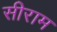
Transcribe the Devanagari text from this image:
सीराम